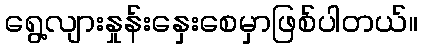
ရွေ့လျားနှုန်းနှေးစေမှာဖြစ်ပါတယ်။